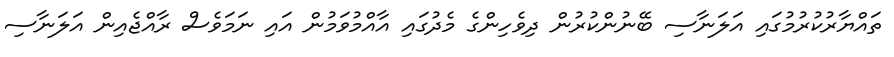
ތައްޔާރުކުރުމުގައި އަލަނާސި ބޭނުންކުރުން ދިވެހިންގެ މެދުގައި އާއްމުވަމުން އައި ނަމަވެސް ރާއްޖެއިން އަލަނާސި